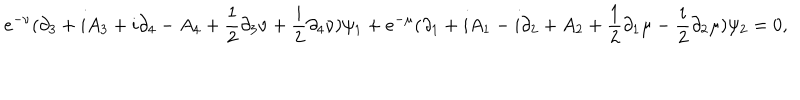
e ^ { - \nu } ( \partial _ { 3 } + i A _ { 3 } + i \partial _ { 4 } - A _ { 4 } + { \frac { 1 } { 2 } } \partial _ { 3 } \nu + { \frac { i } { 2 } } \partial _ { 4 } \nu ) \psi _ { 1 } + e ^ { - \mu } ( \partial _ { 1 } + i A _ { 1 } - i \partial _ { 2 } + A _ { 2 } + { \frac { 1 } { 2 } } \partial _ { 1 } \mu - { \frac { i } { 2 } } \partial _ { 2 } \mu ) \psi _ { 2 } = 0 ,